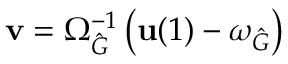
\mathbf { v } = \Omega _ { \hat { G } } ^ { - 1 } \left( \mathbf { u } ( 1 ) - \omega _ { \hat { G } } \right)